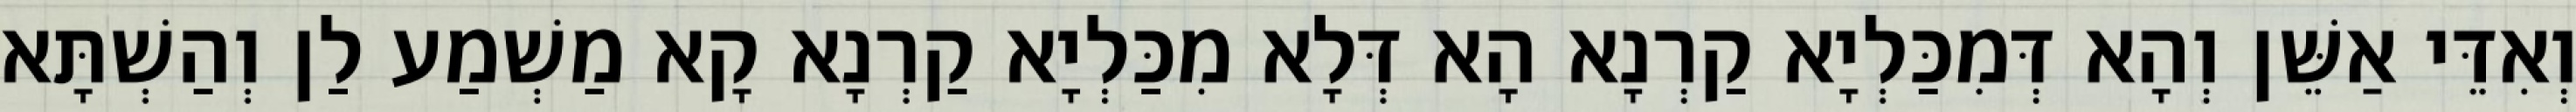
וְאִדֵּי אַשֵּׁן וְהָא דְּמִכַּלְיָא קַרְנָא הָא דְּלָא מִכַּלְיָא קַרְנָא קָא מַשְׁמַע לַן וְהַשְׁתָּא